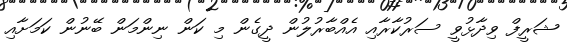
ޝަރީފް ވިދާޅުވީ ސަރުކާރާއި އެއްބާރުލުން ދީގެން މި ކަން ނިންމަން ބޭނުން ކަމަށާއި